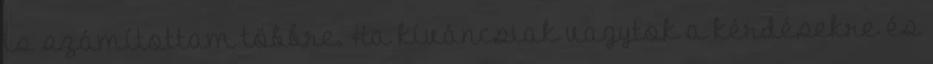
is számítottam többre. Ha kíváncsiak vagytok a kérdésekre és